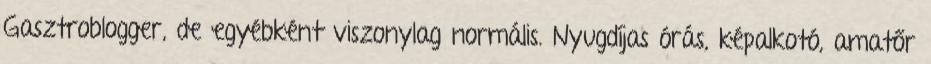
Gasztroblogger, de egyébként viszonylag normális. Nyugdíjas órás, képalkotó, amatőr